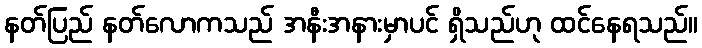
နတ်ပြည် နတ်လောကသည် အနီးအနားမှာပင် ရှိသည်ဟု ထင်နေရသည်။